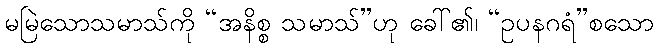
မမြဲသောသမာသ်ကို “အနိစ္စ သမာသ်”ဟု ခေါ်၏၊ “ဥပနဂရံ”စသော